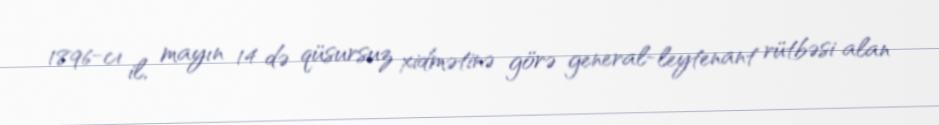
1896-cı il, mayın 14 də qüsursuz xidmətinə görə general-leytenant rütbəsi alan